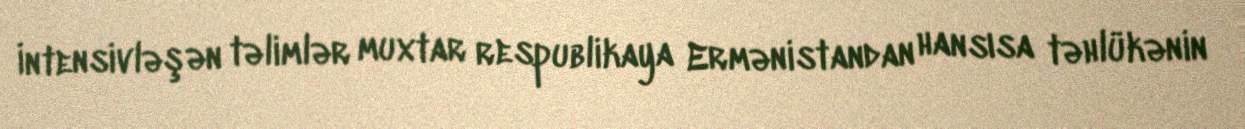
İntensivləşən təlimlər muxtar respublikaya Ermənistandan hansısa təhlükənin